Scottish Leaving Certificate Examination, 1957
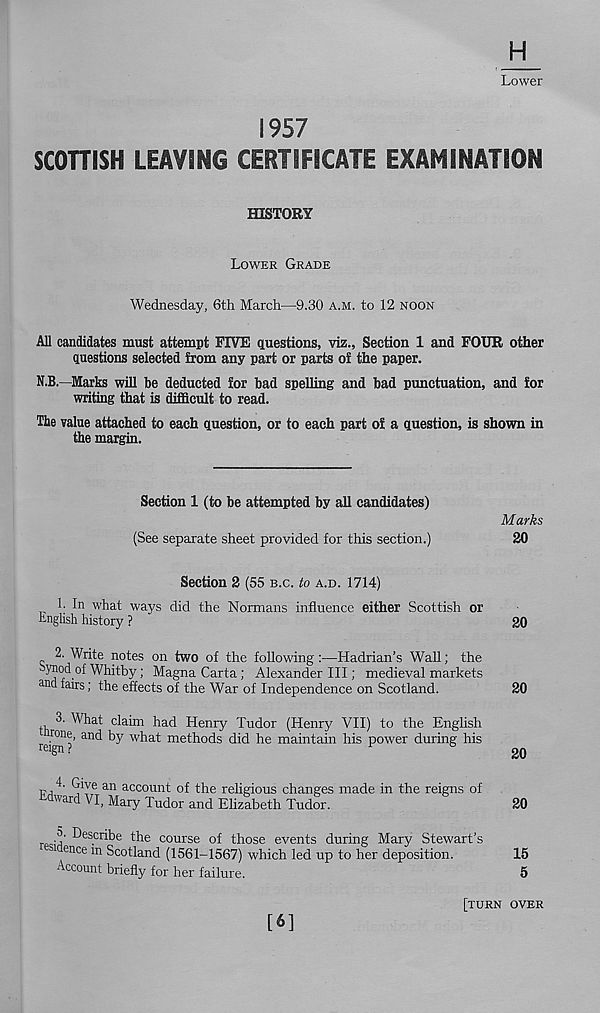
H
Lower
1957
SCOHISH LEAVING CERTIFICATE EXAMINATION
HISTORY
LOWER GRADE
Wednesday, 6th March—9.30 A.M. to 12 NOON
All candidates must attempt FIVE questions, viz., Section 1 and FOUR other
questions selected from any part or parts of the paper.
N.B.—Marks will be deducted for bad spelling and bad punctuation, and for
writing that is difficult to read.
The value attached to each question, or to each part of a question, is shown in
the margin.
Section 1 (to be attempted by all candidates)
(See separate sheet provided for this section.)
Marks
20
Section 2 (55 B.C. to A.D. 1714)
1. In what ways did the Normans influence either Scottish or
English history ?
2. Write notes on two of the following :—Hadrian’s Wall; the
ynod of Whitby; Magna Carta; Alexander III; medieval markets
and fairs; the effects of the War of Independence on Scotland.
3. What claim had Henry Tudor (Henry VII) to the English
reign?’
^
:me thods did he maintain his power during his
Gi Y e an account of the religious changes made in the reigns of
"ard VI, Mary Tudor and Elizabeth Tudor.
20
20
20
20
• ^e s cribe the course of those events during Mary Stewart’s
1 ence ln Scotland (1561-1567) which led up to her deposition.
15
Account briefly for her failure.
5
[6]
[TURN OVER